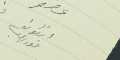
عضو انطون خوري حرب